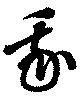
我